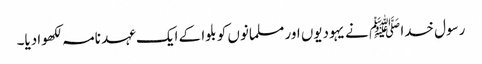
رسول خدا ﷺ نے یہودیوں اور مسلمانوں کو بلوا کے ایک عہد نامہ لکھوادیا۔